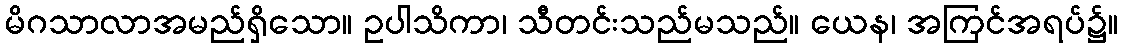
မိဂသာလာအမည်ရှိသော။ ဥပါသိကာ၊ သီတင်းသည်မသည်။ ယေန၊ အကြင်အရပ်၌။